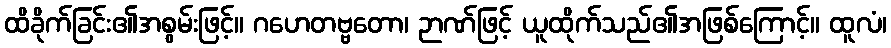
ထိခိုက်ခြင်း၏အစွမ်းဖြင့်။ ဂဟေတဗ္ဗတော၊ ဉာဏ်ဖြင့် ယူထိုက်သည်၏အဖြစ်ကြောင့်။ ထူလံ၊